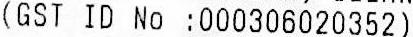
(GST ID NO :000306020352)